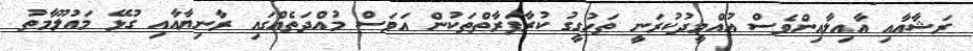
ރަޝާއާއި އާއިލާއިންވެސް އުއްމީދުކުރަނީ ތަހުގީގު ކުރާފަރާތްތަކުން އަވަސް މުއްދަތެއްގައި ރާނިޔާއާއި ގުޅޭ މައުލޫމާތު